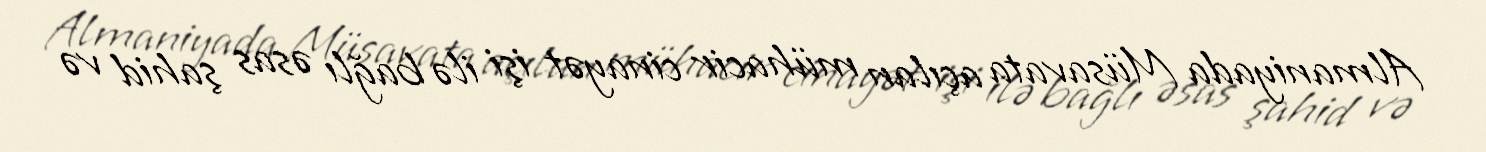
Almaniyada Müsavata açılan mühacir cinayət işi ilə bağlı əsas şahid və